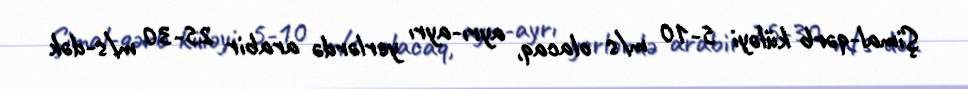
Şimal-qərb küləyi 5-10 m/s olacaq, ayrı-ayrı yerlərdə arabir 25-30 m/s-dək